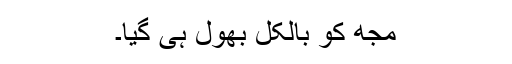
مجھ کو بالکل بھول ہی گیا۔